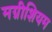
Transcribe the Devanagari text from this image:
मग्नीशियम